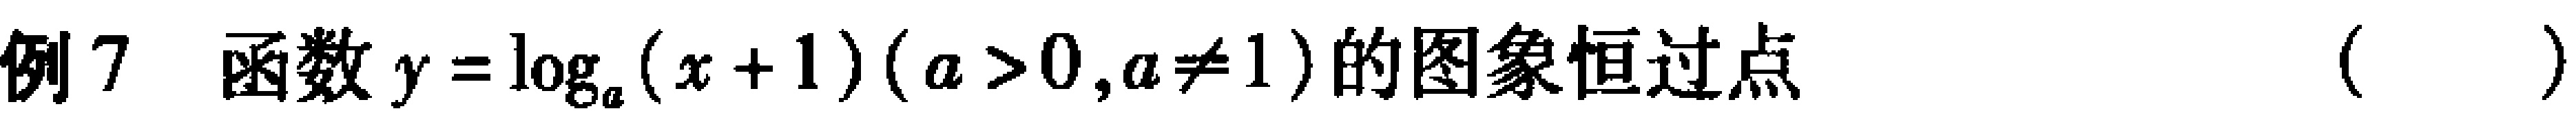
例7 函数\(y = \log_{a}(x + 1)(a > 0,a\neq1)\)的图象恒过点（  ）